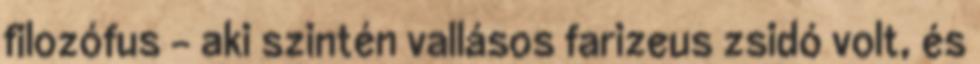
filozófus - aki szintén vallásos farizeus zsidó volt, és